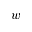
w